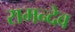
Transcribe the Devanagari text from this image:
रामन्देव